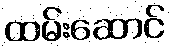
ထမ်းဆောင်